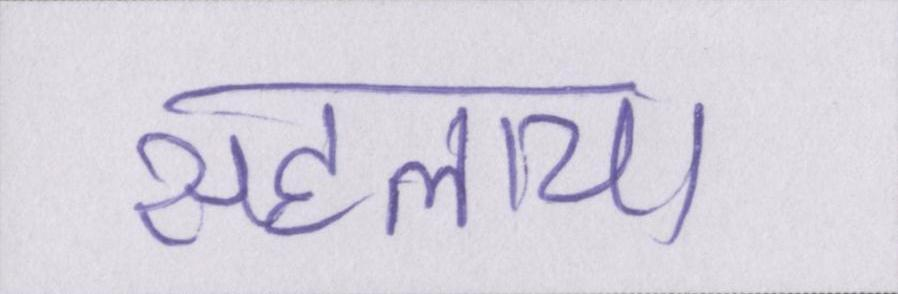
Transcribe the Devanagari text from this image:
सहलाया